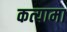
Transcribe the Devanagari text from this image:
कत्यामा